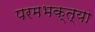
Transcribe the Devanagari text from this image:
परमभक्त्या